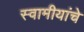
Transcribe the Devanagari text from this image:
स्वामीयांचे